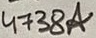
Text: 4738A